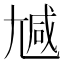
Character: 𡯽